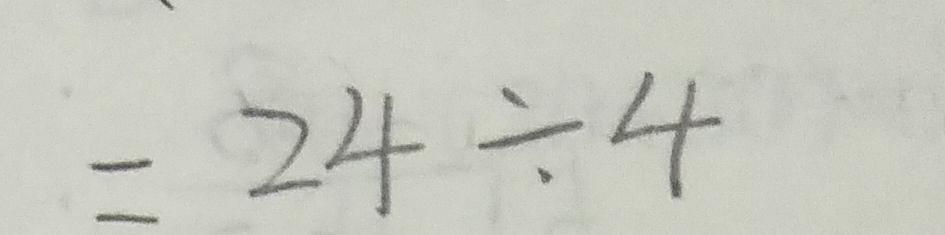
= 2 4 \div 4